Vaccination United Provinces of Agra and Oudh 1923-1928 - 1923-1928
Year: 1923
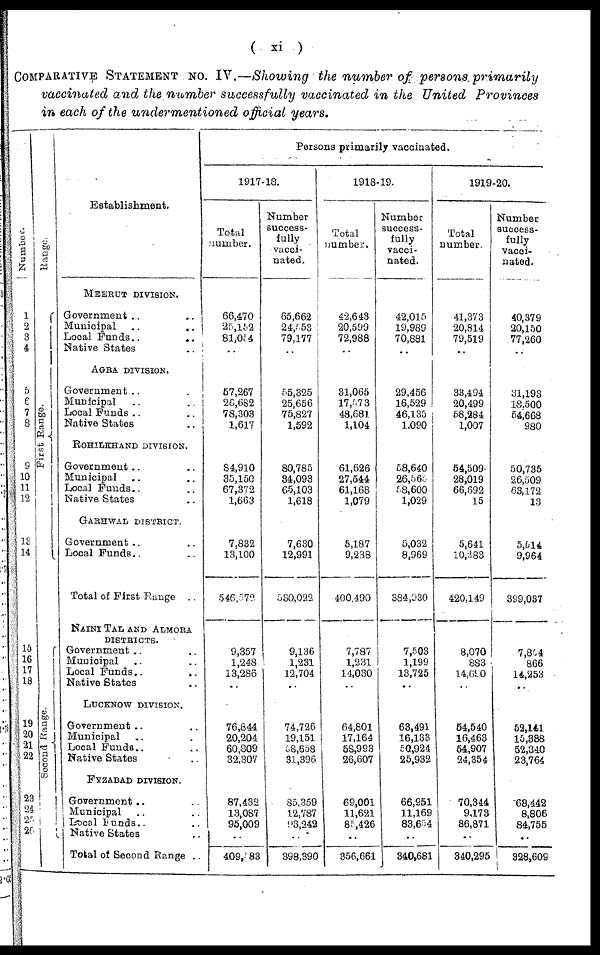
( xi )
COMPARATIVE STATEMENT No. IV.—Showing the number of persons
primarily
vaccinated and the number successfully vaccinated in the United
Provinces
in each of the undermentioned
official years.
Number.
1
2
3
4
5
6 7
8
9
10
11
12
13
14
15
16
17
18
19
20
21
22
23
24
25
26
Range.
First Range.
Second Range.
Establishment.
MEERUT DIVISION.
Government .. ..
Municipal
..
..
Local Funds..
..
Native States
..
AGRA DIVISION.
Government ..
..
Municipal
..
..
Local Funds ..
..
Native States ..
ROHILKHAND DIVISION.
Government .. ..
Municipal .. ..
Local Funds.. ..
Native States ..
GARHWAL DISTRICT.
Government .. ..
Local Funds .. ..
Total of First Range ..
NAINI TAL AND ALMORA
DISTRICTS.
Government .. ..
Municipal .. ..
Local Funds.. ..
Native States .. ..
LUCKNOW DIVISION.
Government .. ..
Municipal .. ..
Local Funds.. ..
Native States .. ..
FYZABAD DIVISION.
Government .. ..
Municipal .. ..
Local funds.. ..
Native States ..
Total of Second Range ..
Persons primarily vaccinated.
1917-18.
Total
number.
66,470
25,152
81,054
..
57,267
26,682
78,303
1,617
84,910
35,150
67,372
1,663
7,832
13,100
546,579
9,357
1,248
13,286
..
76,844
20,204
60,809
32,307
87,432
13,087
95,009
..
409,583
Number
success-
fully
vacci¬
nated.
65,662
24,553
79,177
..
55,325
25,656
75,827
1,592
80,785
34,093
65,103
1,618
7,630
12,991
530,022
9,136
1,231
12,704
..
74,726
19,151
58,658
31,396
85,359
12,787
93,242
..
398,390
1918-19.
Total
number.
42,643
20,599
72,988
..
31,065
17,573
48,681
1,104
61,626
27,544
61,168
1,079
5,187
9,238
400,490
7,787
1,231
14,030
..
64,801
17,164
58,993
26,607
69,001
11,621
85,426
..
356,661
Number
success-
fully
vacci-
nated.
42,015
19,989
70,881
..
29,456
16,529
46,135
1,090
58,640
26,565
58,600
1,029
5,032
8,969
384,930
7,503
1,199
13,725
..
63,491
16,133
50,924
25,932
66,951
11,169
83,654
..
340,681
1919-20.
Total
number.
41,373
20,814
79,519
..
33,494
20,499
58,284
1,007
54,509
28,019
66,692
15
5,641
10,283
420,149
8,070
883
14,690
..
54,540
16,463
54,907
24,354
70,344
9,173
86,871
..
340,295
Number
success-
fully
vacci¬
nated.
40,379
20,150
77,260
..
31,193
18,500
54,668
980
50,735
26,509
63,172
13
5,514
9,964
399,037
7,864
866
14,253
..
52,141
15,388
52,340
23,764
68,442
8,806
84,755
..
328,609